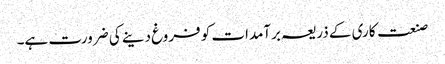
صنعت کاری کے ذریعہ برآمدات کو فروغ دینے کی ضرورت ہے۔